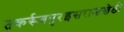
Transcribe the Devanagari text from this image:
तकर्रूबपुरइसराजखेडी